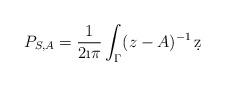
LaTeX: \begin{align*} P_{S,A} = \frac1{2\i \pi}\int_{\Gamma} (z-A)^{-1} \, \d z\end{align*}